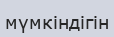
мүмкіндігін